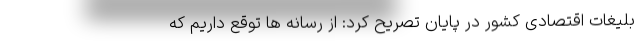
بلیغات اقتصادی کشور در پایان تصریح کرد: از رسانه ها توقع داریم که